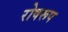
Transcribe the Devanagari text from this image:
रोषरूप